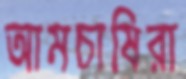
আমচাষিরা